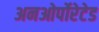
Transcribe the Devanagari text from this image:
अनओर्पोरेटेड